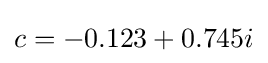
c=-0.123+0.745i